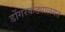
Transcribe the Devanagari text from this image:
डोंगरकड्यालगत